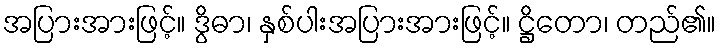
အပြားအားဖြင့်။ ဒွိဓာ၊ နှစ်ပါးအပြားအားဖြင့်။ ဋ္ဌိတော၊ တည်၏။